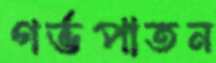
গর্ভপাতন